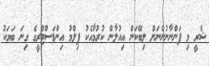
ޝްރީ މި ފަންނާނުންނަށް ލިބޭކަން އިއުލާން ކުރުމާއެކު ފިލްމު އިންޑަސްޓްރީގެ ގިނަ ބަޔަކު